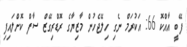
ފޭބީ އާއްކޮ 66: އަކުރަމް ނެގި ހިލޭޖެހުން މާޒިޔާގެ ރޮޑްރިގޭޒް ސާފް ކޮށްލައިފި